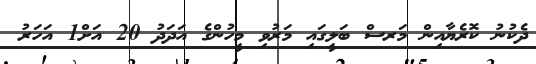
ދެކުނު ކޮރެޔާއިން މަރސް ބަލީގައި މަރުވި މީހުންގެ އަދަދު 20 އަށް1 އަހަރު